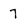
Character: 7